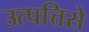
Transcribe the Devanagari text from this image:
उत्पत्तिसे